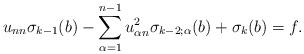
LaTeX: \begin{align*}u_{nn} \sigma_{k - 1} (b) - \sum_{\alpha = 1}^{n-1} u_{\alpha n}^2 \sigma_{k - 2; \alpha} (b) + \sigma_k (b) = f.\end{align*}